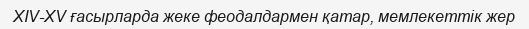
XIV-XV ғасырларда жеке феодалдармен қатар, мемлекеттік жер